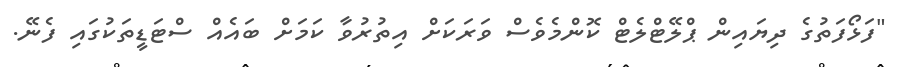
"ފަޅޯފަތުގެ ދިޔައިން ޕްލޭޓްލެޓް ކޮންމެވެސް ވަރަކަށް އިތުރުވާ ކަމަށް ބައެއް ސްޓަޑީތަކުގައި ފެނޭ.